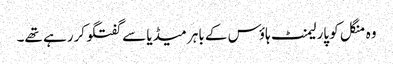
وہ منگل کو پارلیمنٹ ہاؤس کے باہر میڈیا سے گفتگو کررہے تھے۔